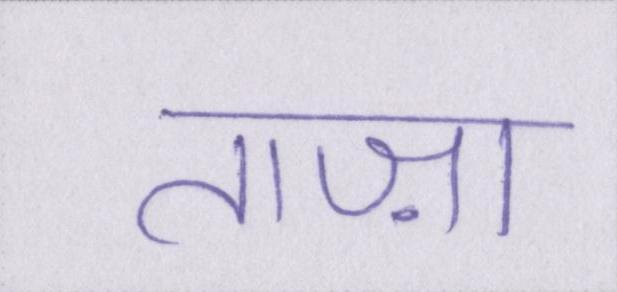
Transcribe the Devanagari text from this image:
ताज़ा